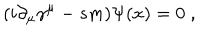
( i \partial _ { \mu } \gamma ^ { \mu } - s m ) \Psi ( x ) = 0 \; ,